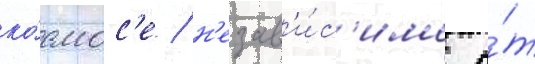
ко́смос'е / н'езав'и́с'имо о́т